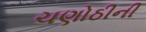
ચણોઠીની